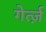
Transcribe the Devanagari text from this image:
गेर्त्ज़